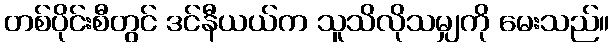
တစ်ပိုင်းစီတွင် ဒင်နီယယ်က သူသိလိုသမျှကို မေးသည်။